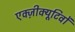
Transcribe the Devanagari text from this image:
एक्ज़ीक्यूटिवों